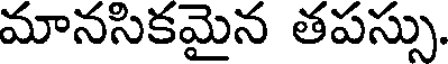
మానసికమైన తపస్సు,